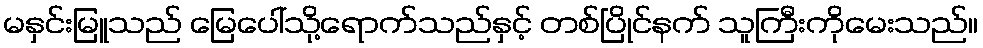
မနှင်းမြူသည် မြေပေါ်သို့ရောက်သည်နှင့် တစ်ပြိုင်နက် သူကြီးကိုမေးသည်။